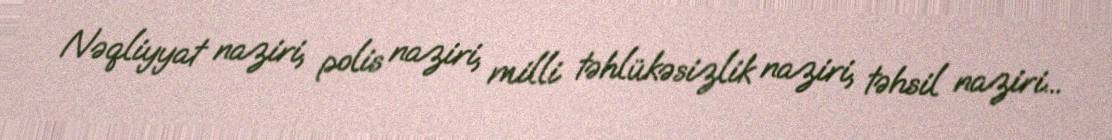
Nəqliyyat naziri, polis naziri, milli təhlükəsizlik naziri, təhsil naziri...